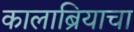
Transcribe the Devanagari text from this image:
कालाब्रियाचा